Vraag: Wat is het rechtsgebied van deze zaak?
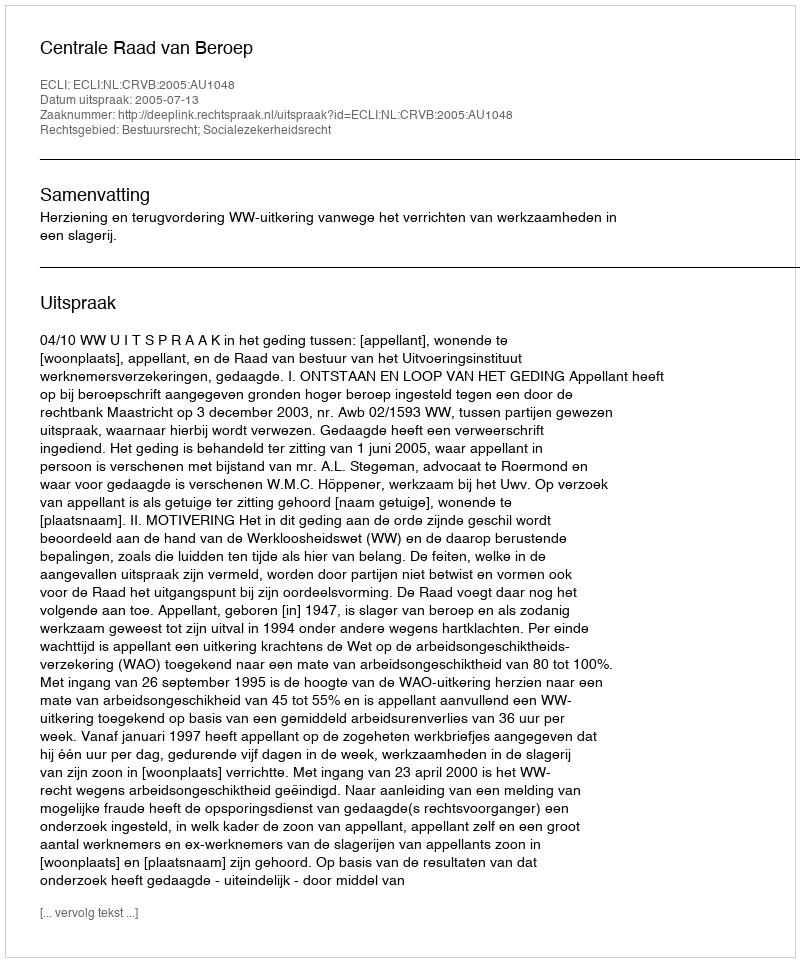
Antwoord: Bestuursrecht; Socialezekerheidsrecht